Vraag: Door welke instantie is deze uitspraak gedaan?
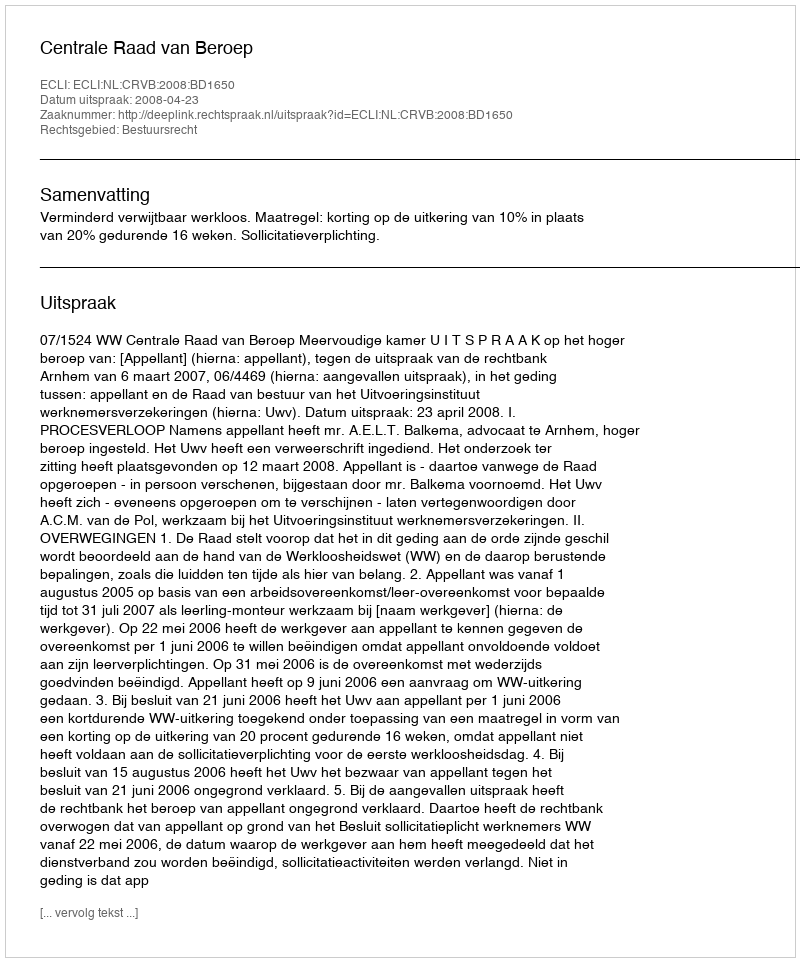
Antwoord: Centrale Raad van Beroep